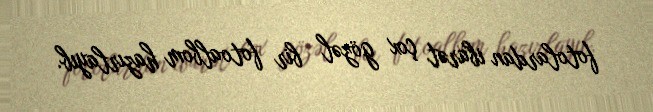
fotolardan ibarət çox gözəl bir fotoalbom hazırlayıb.